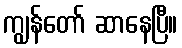
ကျွန်တော် ဆာနေပြီ။